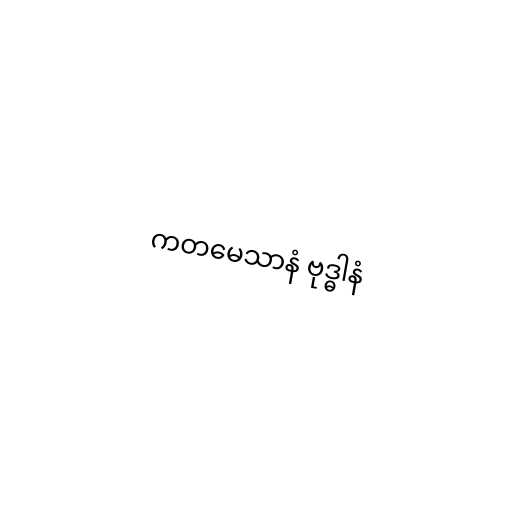
ကတမေသာနံ ဗုဒ္ဓါနံ